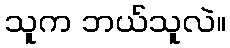
သူက ဘယ်သူလဲ။